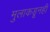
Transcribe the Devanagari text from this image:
मुलाकडूनही